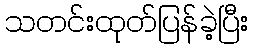
သတင်းထုတ်ပြန်ခဲ့ပြီး